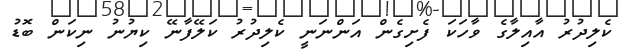
ކެލިދުރު އާއިލާގެ ވާހަކަ ފެށިގެން އަންނަނީ ކެލިދުރު ކަލޭފާނޭ ކިޔުނު ނިކަން ބޮޑު